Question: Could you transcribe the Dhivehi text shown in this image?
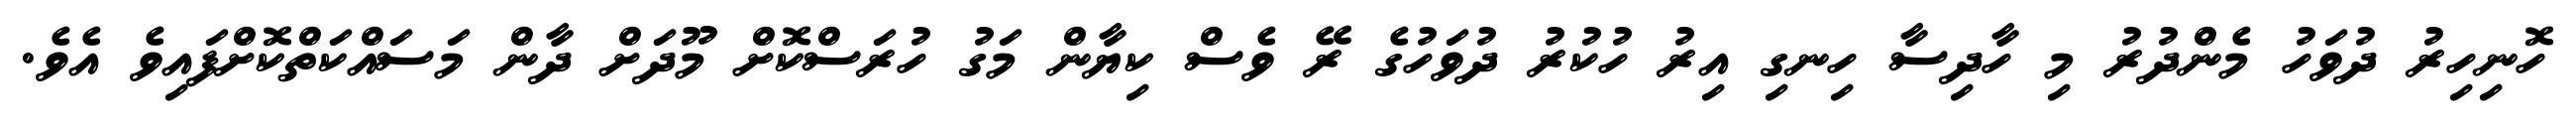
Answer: ހޮނިހިރު ދުވަހު މެންދުރު މި ހާދިސާ ހިނގި އިރު ހުކުރު ދުވަހުގެ ރޭ ވެސް ކިޔާން މަގު ހުރަސްކޮށް މޫދަށް ދާން މަސައްކަތްކޮށްފައިވެ އެވެ.